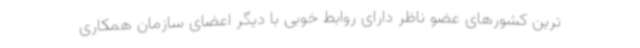
ترین کشورهای عضو ناظر دارای روابط خوبی با دیگر اعضای سازمان همکاری